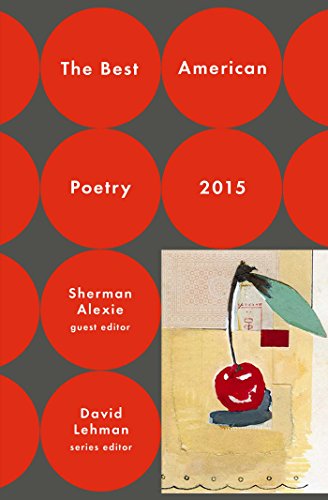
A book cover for The Best American Poetry 2015 (The Best American Poetry series); David Lehman; Literature & Fiction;